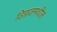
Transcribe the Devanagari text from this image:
डिग्रजमधील